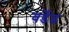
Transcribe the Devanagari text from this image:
वर्डेड